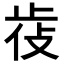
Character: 𣥰